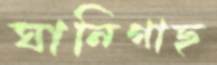
ঘানিগাছ